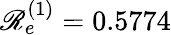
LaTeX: \mathscr{R}_{e}^{(1)}=0.5774